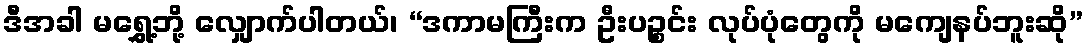
ဒီအခါ မရွှေ့ဘို့ လျှောက်ပါတယ်၊ “ဒကာမကြီးက ဦးပဉ္စင်း လုပ်ပုံတွေကို မကျေနပ်ဘူးဆို”